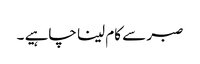
صبر سے کام لینا چاہیے ۔